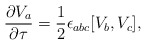
\begin{align*} \frac{\partial V_a}{\partial \tau} =\frac12 \epsilon_{abc} [V_b,V_c],\end{align*}